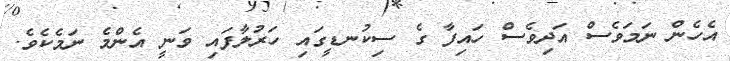
އެހެން ނަމަވެސް އަދިވެސް ހައިފާ ގެ ސިކުނޑީގައި ހަރުލާފައި ވަނީ އެންމެ ނަމެކެވެ.